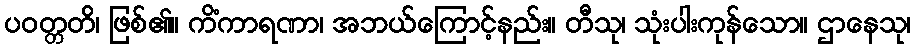
ပဝတ္တတိ၊ ဖြစ်၏။ ကိံကာရဏာ၊ အဘယ်ကြောင့်နည်း။ တီသု၊ သုံးပါးကုန်သော။ ဌာနေသု၊